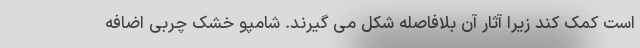
است کمک کند زیرا آثار آن بلافاصله شکل می گیرند. شامپو خشک چربی اضافه